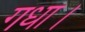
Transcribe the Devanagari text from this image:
गधा।